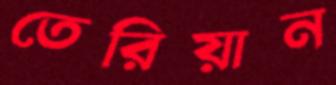
তেরিয়ান